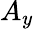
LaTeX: A_{y}